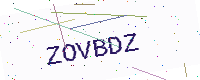
Text: ZOVBDZ